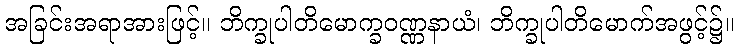
အခြင်းအရာအားဖြင့်။ ဘိက္ခုပါတိမောက္ခဝဏ္ဏနာယံ၊ ဘိက္ခုပါတိမောက်အဖွင့်၌။